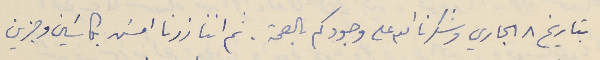
بتاريخ ٨ الجاري وشكرنا الله على وجودكم بالصحة. ثم اننا زرنا امسَ بكاسَين وجزين